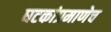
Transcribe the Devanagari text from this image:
घटकांप्रमाणेच